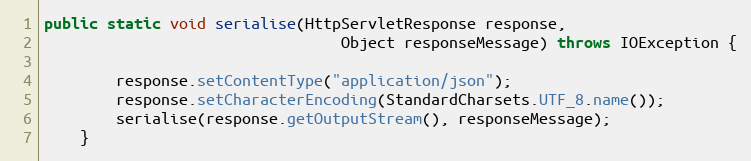
Language: Java
public static void serialise(HttpServletResponse response,
                                 Object responseMessage) throws IOException {

        response.setContentType("application/json");
        response.setCharacterEncoding(StandardCharsets.UTF_8.name());
        serialise(response.getOutputStream(), responseMessage);
    }